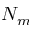
N _ { m }